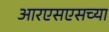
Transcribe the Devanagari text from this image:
आरएसएसच्या